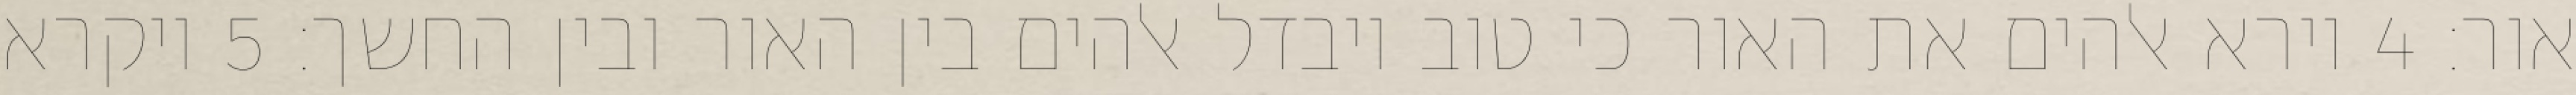
אור׃ ‎4‏ וירא אלהים את האור כי טוב ויבדל אלהים בין האור ובין החשך׃ ‎5‏ ויקרא